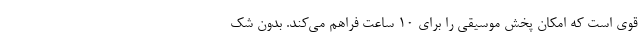
قوی است که امکان پخش موسیقی را برای 10 ساعت فراهم می‌کند. بدون شک